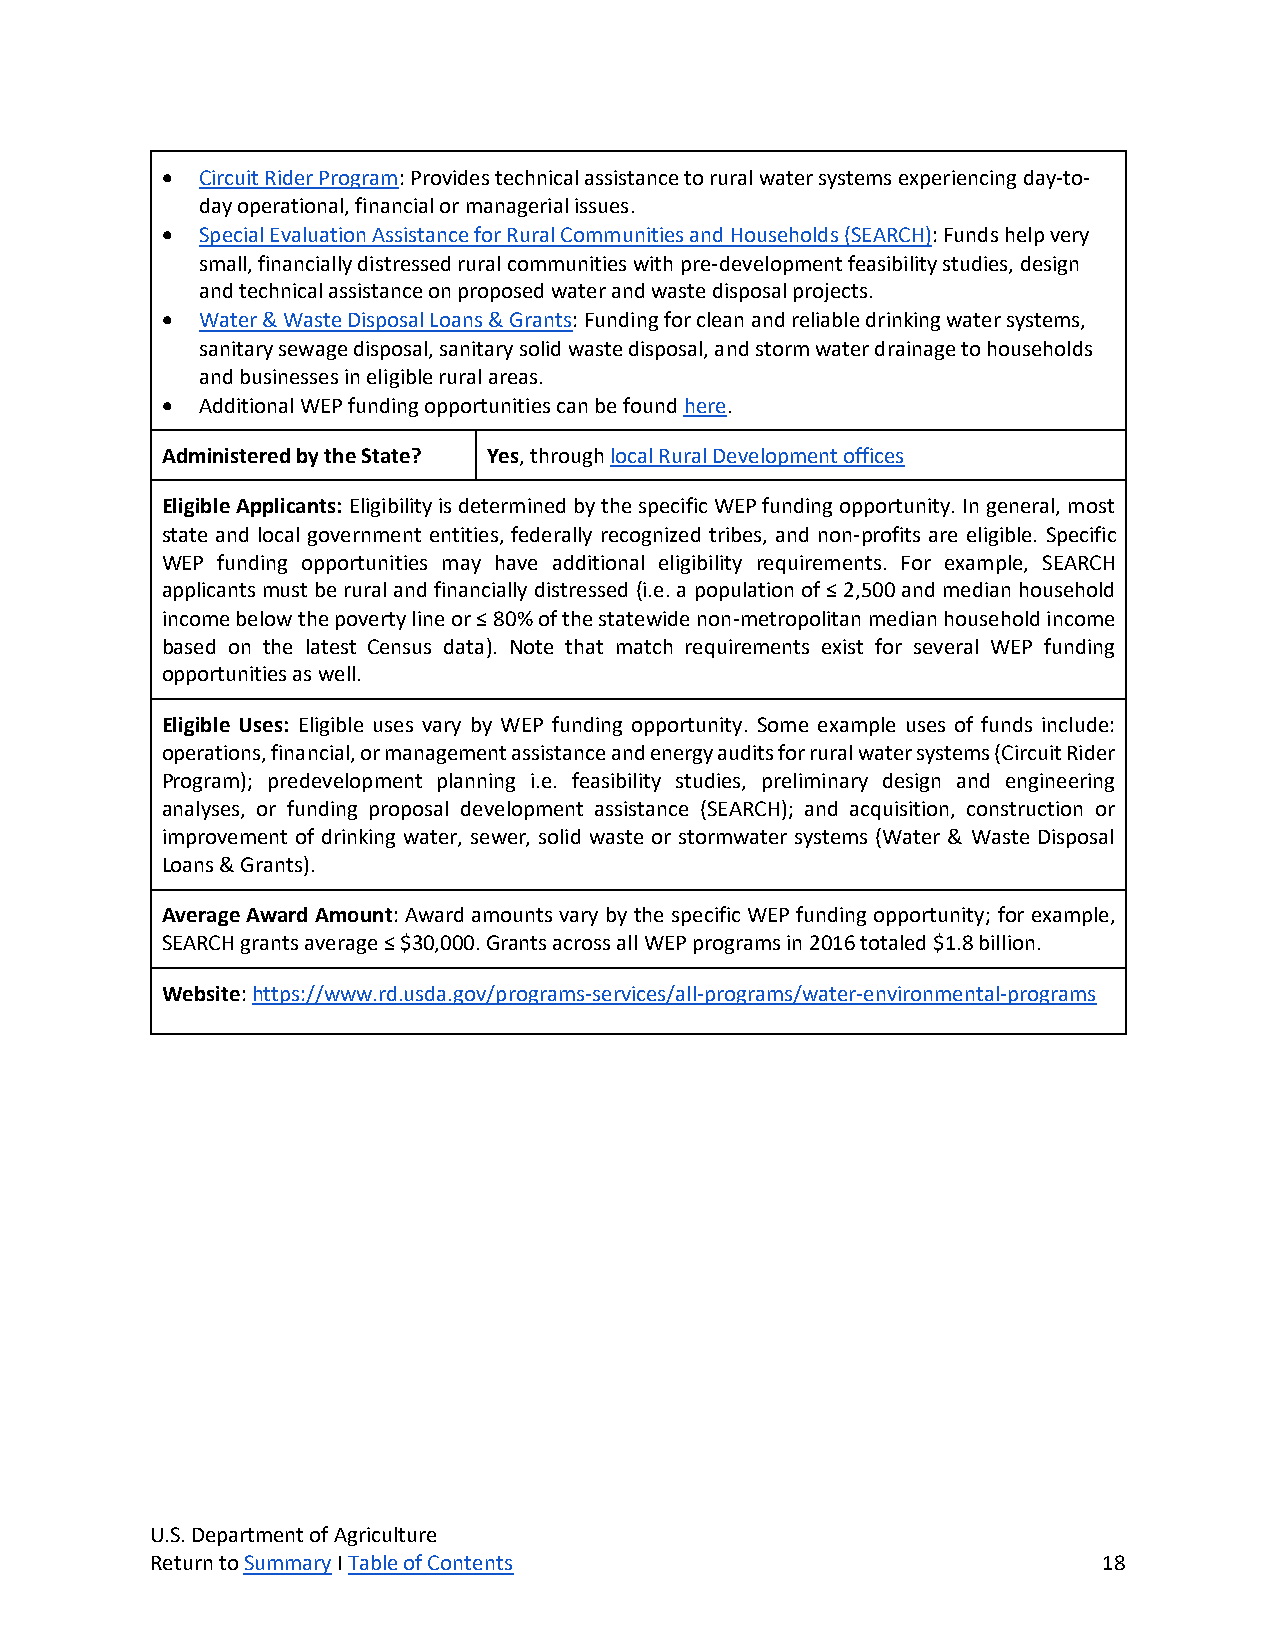
• Circuit Rider Program: Provides technical assistance to rural water systems experiencing day-to-
 day operational, financial or managerial issues.
 • Special Evaluation Assistance for Rural Communities and Households (SEARCH): Funds help very
 small, financially distressed rural communities with pre-development feasibility studies, design
 and technical assistance on proposed water and waste disposal projects.
 • Water & Waste Disposal Loans & Grants: Funding for clean and reliable drinking water systems,
 sanitary sewage disposal, sanitary solid waste disposal, and storm water drainage to households
 and businesses in eligible rural areas.
 • Additional WEP funding opportunities can be found here.
 Administered by the State? Yes, through local Rural Development offices
 Eligible Applicants: Eligibility is determined by the specific WEP funding opportunity. In general, most
 state and local government entities, federally recognized tribes, and non-profits are eligible. Specific
 WEP funding opportunities may have additional eligibility requirements. For example, SEARCH
 applicants must be rural and financially distressed (i.e. a population of ≤ 2,500 and median household
 income below the poverty line or ≤ 80% of the statewide non-metropolitan median household income
 based on the latest Census data). Note that match requirements exist for several WEP funding
 opportunities as well.
 Eligible Uses: Eligible uses vary by WEP funding opportunity. Some example uses of funds include:
 operations, financial, or management assistance and energy audits for rural water systems (Circuit Rider
 Program); predevelopment planning i.e. feasibility studies, preliminary design and engineering
 analyses, or funding proposal development assistance (SEARCH); and acquisition, construction or
 improvement of drinking water, sewer, solid waste or stormwater systems (Water & Waste Disposal
 Loans & Grants).
 Average Award Amount: Award amounts vary by the specific WEP funding opportunity; for example,
 SEARCH grants average ≤ $30,000. Grants across all WEP programs in 2016 totaled $1.8 billion.
 Website: https://www.rd.usda.gov/programs-services/all-programs/water-environmental-programs
 U.S. Department of Agriculture
 Return to Summary I Table of Contents                          18